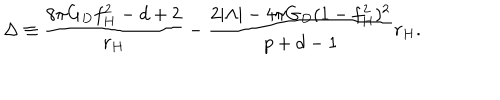
LaTeX: \Delta \equiv \frac { 8 \pi G _ { D } f _ { H } ^ { 2 } - d + 2 } { r _ { H } } - \frac { 2 | \Lambda | - 4 \pi G _ { D } ( 1 - f _ { H } ^ { 2 } ) ^ { 2 } } { p + d - 1 } r _ { H } .